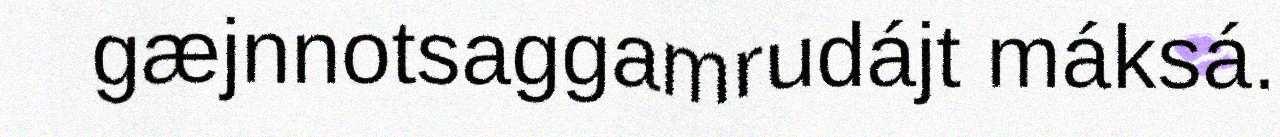
gæjnnotsaggamrudájt máksá.